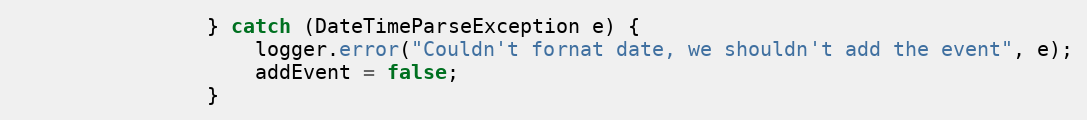
Language: Java
                } catch (DateTimeParseException e) {
                    logger.error("Couldn't fornat date, we shouldn't add the event", e);
                    addEvent = false;
                }